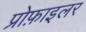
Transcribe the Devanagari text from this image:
प्रोफ़ाइलर